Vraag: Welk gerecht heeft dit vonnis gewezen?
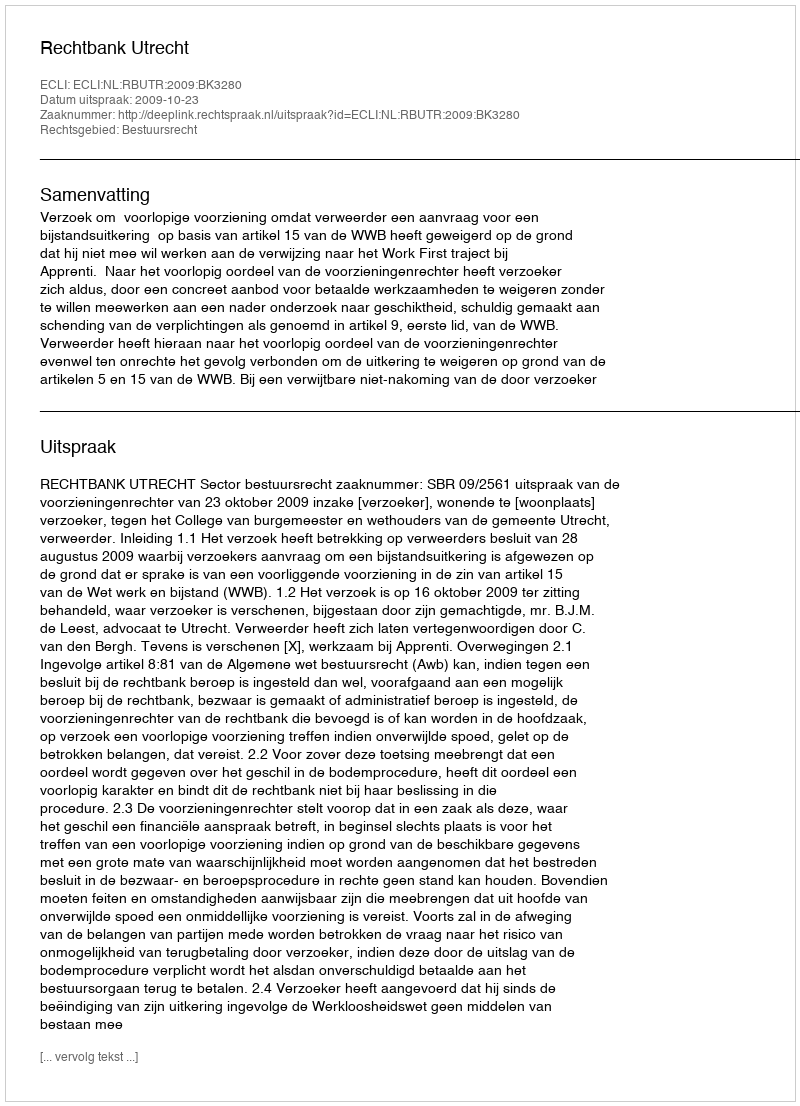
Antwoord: Rechtbank Utrecht